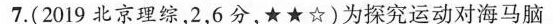
7.(2019北京理综，2，6分，★★☆)为探究运动对海马脑